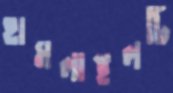
হামলাস্থলটি